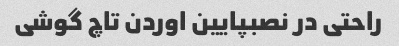
راحتی در نصبپایین اوردن تاچ گوشی